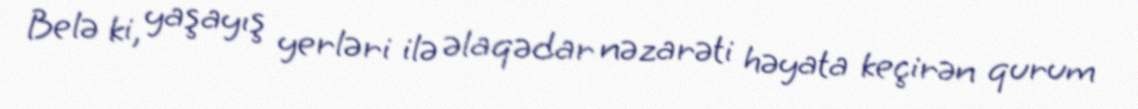
Belə ki, yaşayış yerləri ilə əlaqədar nəzarəti həyata keçirən qurum